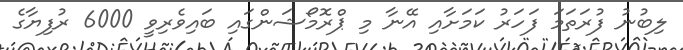
ލިބުނު ފުރަތަމަ ފަހަރު ކަމަށާއި އޭނާ މި ޕްރޮމޯޝަންގައި ބައިވެރިވީ 6000 ރުފިޔާގެ